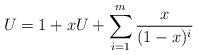
LaTeX: \begin{align*}U = 1+xU + \sum_{i=1}^{m}\frac{x}{(1-x)^{i}}\end{align*}